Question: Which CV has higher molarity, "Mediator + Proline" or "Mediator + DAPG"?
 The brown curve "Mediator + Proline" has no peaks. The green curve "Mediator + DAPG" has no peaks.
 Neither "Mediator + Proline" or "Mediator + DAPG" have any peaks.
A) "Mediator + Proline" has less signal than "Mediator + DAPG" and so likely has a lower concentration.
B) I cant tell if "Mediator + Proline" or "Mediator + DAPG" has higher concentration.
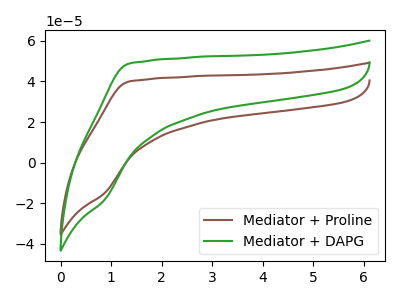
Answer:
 <answer>B) I cant tell if "Mediator + Proline" or "Mediator + DAPG" has higher concentration.</answer>
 <eval>B</eval>